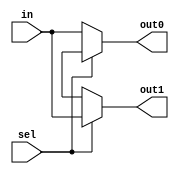
module demux(
    input [7:0] in,
    input sel,
    output reg [7:0] out0,
    output reg [7:0] out1
);
    always @(in or sel)
    begin
        case(sel)
            1'b0:
                begin
                    out0 = in;
                    out1 = 8'bxxxxxxxx;
                end
            1'b1:
                begin
                    out0 = 8'bxxxxxxxx;
                    out1 = in;
                end
            default:
                begin
                    out0 = 8'bxxxxxxxx;
                    out1 = 8'bxxxxxxxx;
                end
        endcase
    end
endmodule